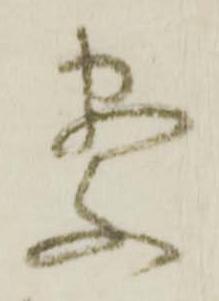
察